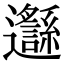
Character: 邎